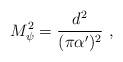
LaTeX: \begin{align*}M_{\psi}^2= {d^2\over (\pi \alpha')^2} \ ,\end{align*}